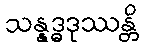
သန္နဒ္ဓဒုဿန္တိ